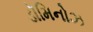
ડૉમિનોઝ